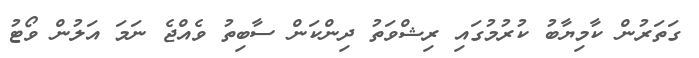
ގަތަރުން ކާމިޔާބު ކުރުމުގައި ރިޝްވަތު ދިންކަން ސާބިތު ވެއްޖެ ނަމަ އަލުން ވޯޓު